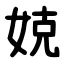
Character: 娔